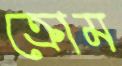
ক্রোম